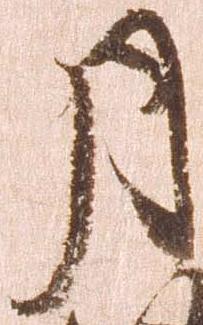
月